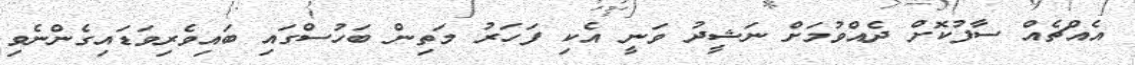
އެއްޗެއް ސާފުކޮށް ދެއްވުމަށް ނަޝީދު ވަނީ އެކި ފަހަރު މަތިން ބަހުސްގައި ބައިވެރިވަޑައިގެންނެވި